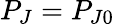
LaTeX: P_{J}=P_{J0}